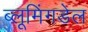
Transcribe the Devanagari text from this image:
ब्लूमिंगडेल